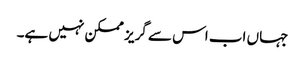
جہاں اب اس سے گریز ممکن نہیں ہے۔